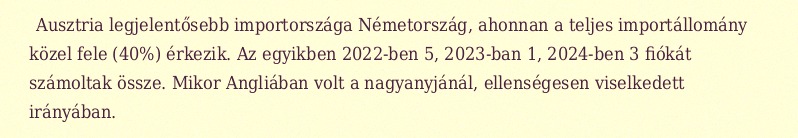
Ausztria legjelentősebb importországa Németország, ahonnan a teljes importállomány közel fele (40%) érkezik. Az egyikben 2022-ben 5, 2023-ban 1, 2024-ben 3 fiókát számoltak össze. Mikor Angliában volt a nagyanyjánál, ellenségesen viselkedett irányában.